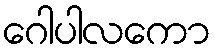
ဂေါပါလကော